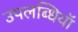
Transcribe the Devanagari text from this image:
उपलब्धियॉ